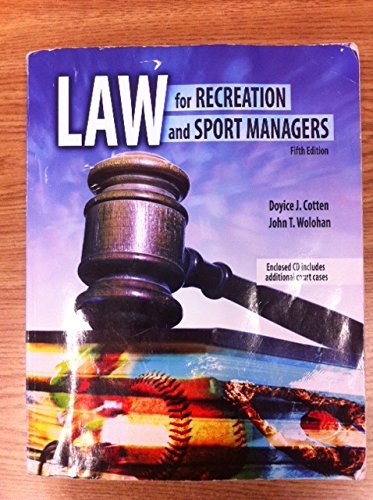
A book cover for Law for Recreation and Sport Managers; COTTEN  DOYICE J; Law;